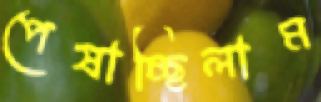
পেষাচ্ছিলাম